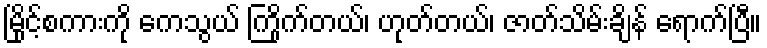
မြိုင့်စကားကို ကေသွယ် ကြိုက်တယ်၊ ဟုတ်တယ်၊ ဇာတ်သိမ်းချိန် ရောက်ပြီ။